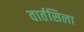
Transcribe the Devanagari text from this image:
वार्तसिला